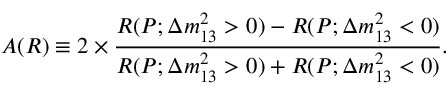
A ( R ) \equiv 2 \times \frac { R ( P ; \Delta m _ { 1 3 } ^ { 2 } > 0 ) - R ( P ; \Delta m _ { 1 3 } ^ { 2 } < 0 ) } { R ( P ; \Delta m _ { 1 3 } ^ { 2 } > 0 ) + R ( P ; \Delta m _ { 1 3 } ^ { 2 } < 0 ) } .